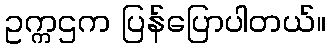
ဥက္ကဌက ပြန်ပြောပါတယ်။